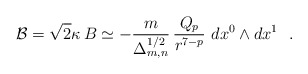
\begin{align*}{\cal B} = \sqrt{2}\kappa\,B \simeq-\frac{m}{\Delta_{m,n}^{1/2}}\,\frac{Q_p}{r^{7-p}}~dx^0\wedge dx^1~~.\end{align*}